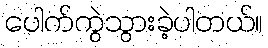
ပေါက်ကွဲသွားခဲ့ပါတယ်။